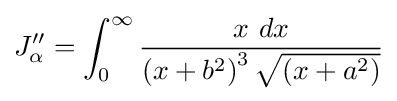
J_{\alpha }^{\prime \prime }=\int _{0}^{\infty }{\frac {x\ dx}{\left(x+b^{2}\right)^{3}{\sqrt {\left(x+a^{2}\right)}}}}